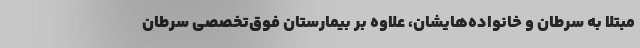
مبتلا به سرطان و خانواده‌هایشان، علاوه بر بیمارستان فوق‌تخصصی سرطان